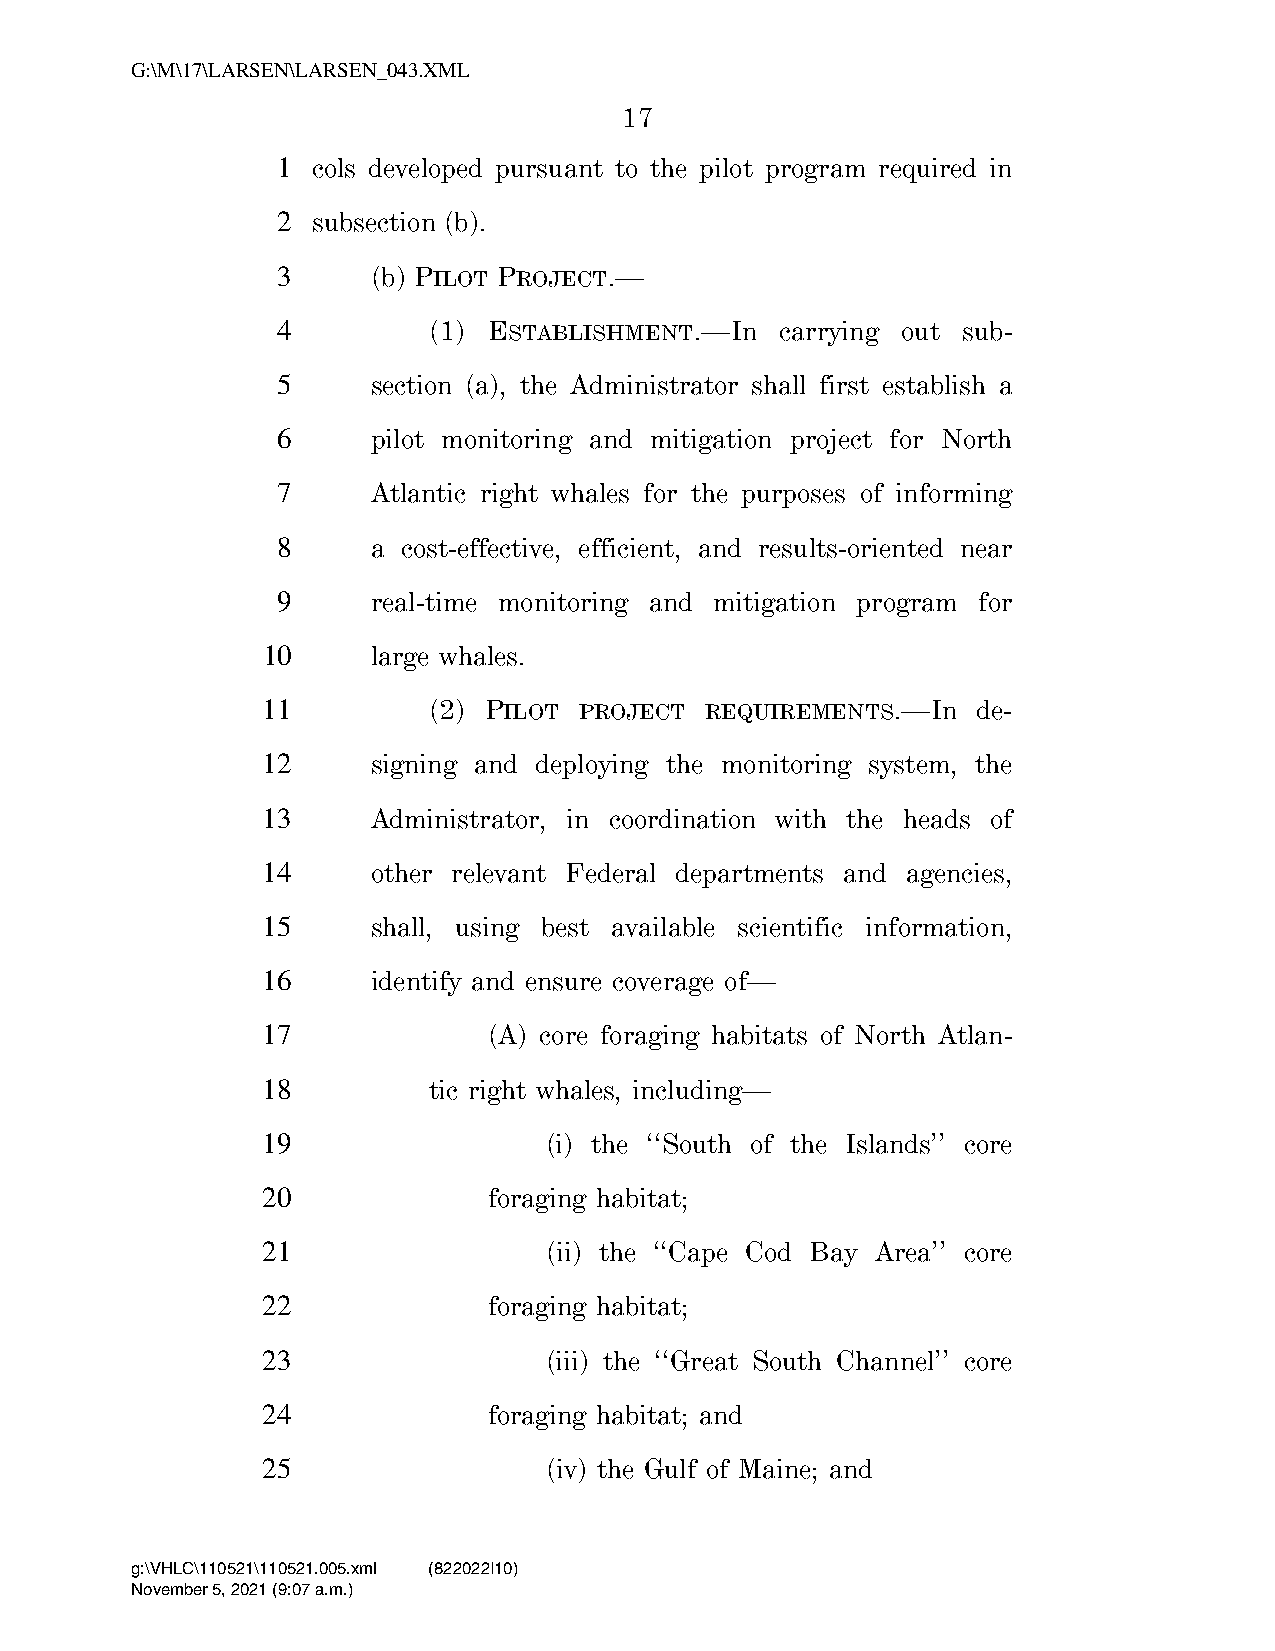
G:\M\17\LARSEN\LARSEN_043.XML
 17
 1  cols developed pursuant to the pilot program required in
 2  subsection (b).
 3      (b) PILOT PROJECT.—
 4         (1) ESTABLISHMENT.—In   carrying out sub-
 5      section (a), the Administrator shall first establish a
 6      pilot monitoring and mitigation project for North
 7      Atlantic right whales for the purposes of informing
 8      a cost-effective, efficient, and results-oriented near
 9      real-time monitoring and mitigation program for
 10      large whales.
 11         (2) PILOT PROJECT  REQUIREMENTS.—In  de-
 12      signing and deploying the monitoring system, the
 13      Administrator, in coordination with the heads of
 14      other relevant Federal departments and agencies,
 15      shall, using best available scientific information,
 16      identify and ensure coverage of—
 17             (A) core foraging habitats of North Atlan-
 18         tic right whales, including—
 19                 (i) the ‘‘South of the Islands’’ core
 20             foraging habitat;
 21                 (ii) the ‘‘Cape Cod Bay Area’’ core
 22             foraging habitat;
 23                 (iii) the ‘‘Great South Channel’’ core
 24             foraging habitat; and
 25                 (iv) the Gulf of Maine; and
 g:\VHLC\110521\110521.005.xml (822022|10)
 November 5, 2021 (9:07 a.m.)
 VerDate Nov 24 2008 09:07 Nov 05, 2021 Jkt 000000 PO 00000 Frm 00017 Fmt 6652 Sfmt 6201 C:\USERS\BEWILSON\APPDATA\ROAMING\SOFTQUAD\XMETAL\11.0\GEN\C\LARSEN_0